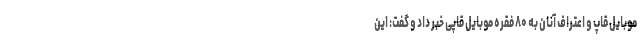
موبایل قاپ و اعتراف آنان به ۸۰ فقره موبایل قاپی خبر داد و گفت: این